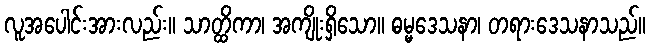
လူအပေါင်းအားလည်း။ သာတ္ထိကာ၊ အကျိုးရှိသော။ ဓမ္မဒေသနာ၊ တရားဒေသနာသည်။